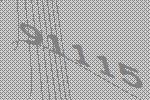
91115